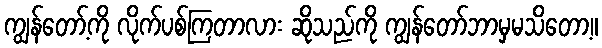
ကျွန်တော့်ကို လိုက်ပစ်ကြတာလား ဆိုသည်ကို ကျွန်တော်ဘာမှမသိတော့။